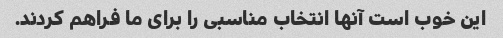
این خوب است آنها انتخاب مناسبی را برای ما فراهم کردند.